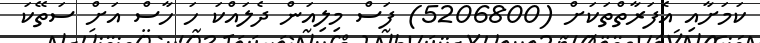
ކަމަށާއި އެފަރާތްތަކަށް (5206800) ފަސް މިލިއަން ދެލައްކަ ހަ ހާސް އަށް ސަތޭކަ